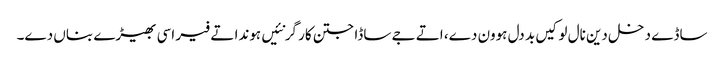
ساڈے دخل دین نال لوکیں بد دل ہوون دے، اتے جے ساڈا جتن کار گر نئیں ہوندا تے فیر اسی بھیڑے بناں دے۔